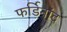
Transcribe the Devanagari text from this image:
फर्डिनांद